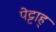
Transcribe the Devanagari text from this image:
पेट्टाह्